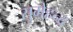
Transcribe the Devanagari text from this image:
सुमेहन्द्र